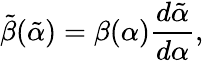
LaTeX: \tilde{\beta}(\tilde{\alpha})=\beta(\alpha)\frac{d\tilde{\alpha}}{d\alpha},